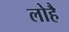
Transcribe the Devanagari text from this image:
लोहै